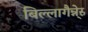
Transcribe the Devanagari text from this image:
बिल्लागैन्नेस्र्